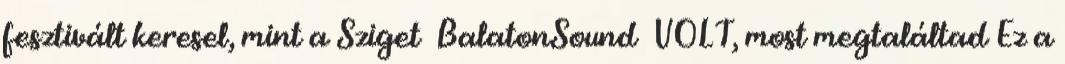
fesztivált keresel, mint a Sziget BalatonSound VOLT, most megtaláltad Ez a